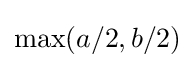
\max(a/2,b/2)